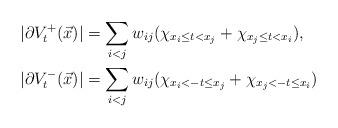
LaTeX: \begin{align*}\vert \partial V_t^+(\vec x)\vert &= \sum_{i< j} w_{ij}(\chi_{x_i \le t<x_j} + \chi_{x_j\le t<x_i}),\\\vert \partial V_t^-(\vec x)\vert &= \sum_{i< j} w_{ij}(\chi_{x_i<-t\le x_j}+\chi_{x_j<-t\le x_i})\end{align*}